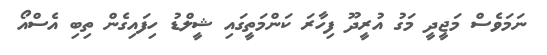
ނަމަވެސް މަޖީދީ މަގު އުރީދޫ ފިހާރަ ކަންމަތީގައި ޝީލްޑު ހިފައިގެން ތިބި އެސްއޯ